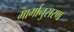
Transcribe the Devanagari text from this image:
मार्गानुसरण